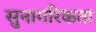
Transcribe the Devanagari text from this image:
सुनागरिकता